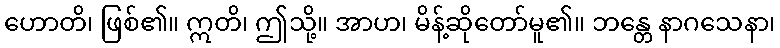
ဟောတိ၊ ဖြစ်၏။ ဣတိ၊ ဤသို့။ အာဟ၊ မိန့်ဆိုတော်မူ၏။ ဘန္တေ နာဂသေနာ၊